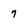
Character: 7